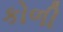
કોળી